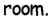
room.